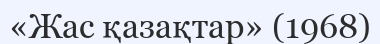
«Жас қазақтар» (1968)